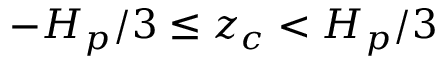
- H _ { p } / 3 \le z _ { c } < H _ { p } / 3